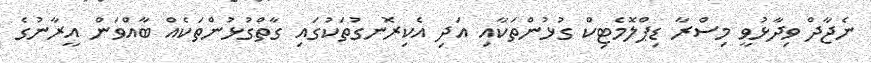
ނެޖާދް ވިދާޅުވީ މިސްރާ ޑިޕްލޮމެޓިކް ގުޅުންތަކާއި އަދި އެކިރޮނގުތަކުގައި ގާތްގުޅުންތަކެއް ބާއްވަން އީރާނުގެ